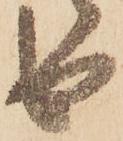
由